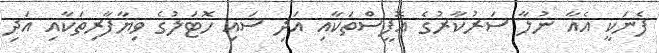
ފެނަކީ އެއާ ނުލާ ސަރުކާރުގެ އޮފީސްތަކާއި އަދި ސައި ހޮޓަލުގެ ވިޔާފާރިތަކާއި އަދި